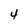
Character: 4